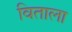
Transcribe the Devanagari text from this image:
विताला